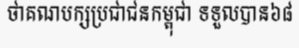
ថាគណបក្សប្រជាជនកម្ពុជា ទទួលបាន៦៨